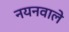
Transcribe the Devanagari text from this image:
नयनवाले